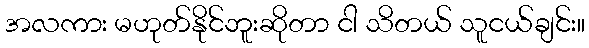
အလကား မဟုတ်နိုင်ဘူးဆိုတာ ငါ သိတယ် သူငယ်ချင်း။